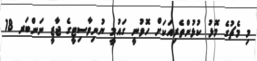
މި މެޗުގެ މޮޅު ކުޅުންތެރިއަކަށް ހޮވުނީ ގައުމީ ޔުނިވާސިޓީގެ ޖާޒީ ނަންބަރ 18